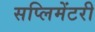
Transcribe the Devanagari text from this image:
सप्लिमेंटरी